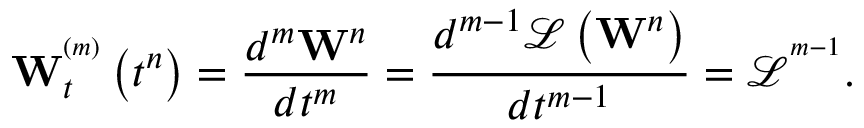
\mathbf { W } _ { t } ^ { ^ { \left( m \right) } } \left( { { t } ^ { n } } \right) = \frac { { { d } ^ { m } } { { \mathbf { W } } ^ { n } } } { d { { t } ^ { m } } } = \frac { { { d } ^ { m - 1 } } \mathcal { L } \left( { { \mathbf { W } } ^ { n } } \right) } { d { { t } ^ { m - 1 } } } = { { \mathcal { L } } ^ { ^ { m - 1 } } } .